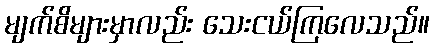
မျက်စိများမှာလည်း သေးငယ်ကြလေသည်။